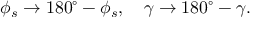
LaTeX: \phi _ { s } \to 1 8 0 ^ { \circ } - \phi _ { s } , \quad \gamma \to 1 8 0 ^ { \circ } - \gamma .